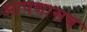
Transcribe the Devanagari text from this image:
आपणासच